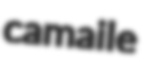
camaile